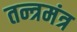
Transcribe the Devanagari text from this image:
तन्त्रमंत्र